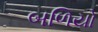
બળિયો